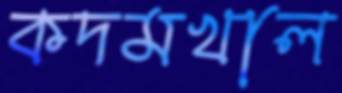
কদমখাল